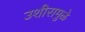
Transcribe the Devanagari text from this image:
उशीरामुळे